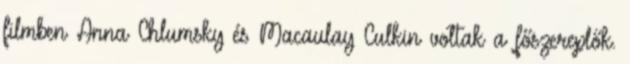
filmben Anna Chlumsky és Macaulay Culkin voltak a főszereplők.